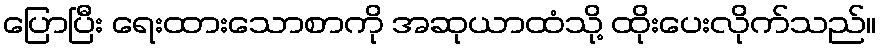
ပြောပြီး ရေးထားသောစာကို အဆုယာထံသို့ ထိုးပေးလိုက်သည်။